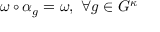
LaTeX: \omega \circ \alpha _ { g } = \omega , \ \forall g \in G ^ { \kappa }